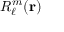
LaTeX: R _ { \ell } ^ { m } ( \mathbf { r } )